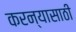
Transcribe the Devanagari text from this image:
करन्यासाठी